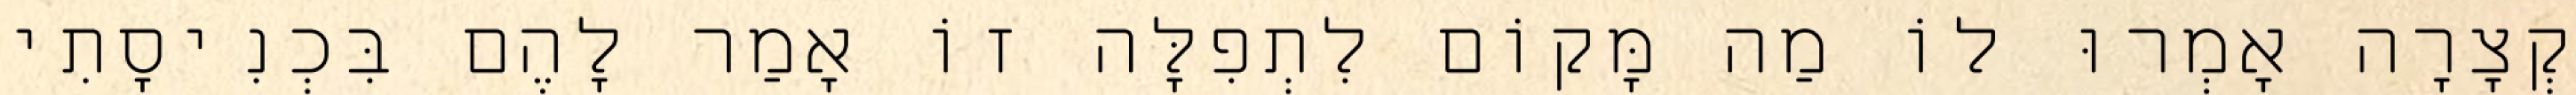
קְצָרָה אָמְרוּ לוֹ מַה מָּקוֹם לִתְפִלָּה זוֹ אָמַר לָהֶם בִּכְנִיסָתִי